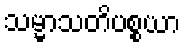
သမ္မာသတိပစ္စယာ